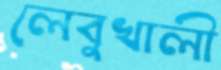
লেবুখালী